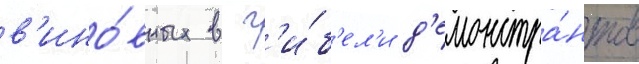
в'ино́вных в г'и́б'ел'и д'емонстра́нтов